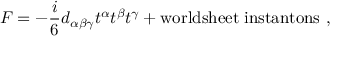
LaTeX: { \cal F } = - \frac { i } { 6 } d _ { \alpha \beta \gamma } t ^ { \alpha } t ^ { \beta } t ^ { \gamma } + \mathrm { w o r l d s h e e t \; i n s t a n t o n s } \ ,